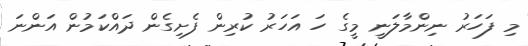
މި ފަހަރު ނިންމާލަނީ މީގެ ހަ އަހަރު ކުރިން ފެށިގެން ދައްކަމުން އަންނަ